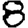
Digit: 8